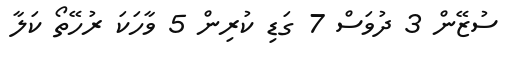
ސުޒޭން 3 ދުވަސް 7 ގަޑި ކުރިން 5 ވާހަކަ ރުހޭތޯ ކަަލާާ